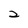
Character: 2